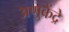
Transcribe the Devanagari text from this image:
अणुकेंद्रे